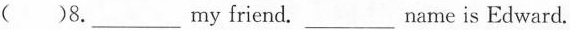
( )8.___my friend.___name is Edward.